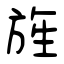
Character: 旌